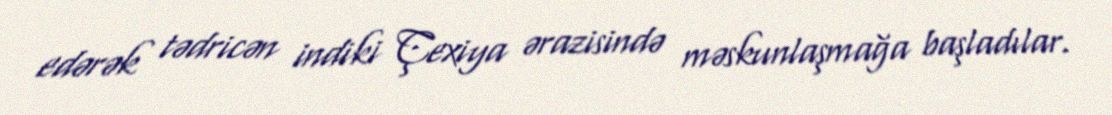
edərək tədricən indiki Çexiya ərazisində məskunlaşmağa başladılar.